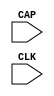
module CAPTURE_VIRTEX5 (
	CAP,
	CLK
);

input CAP;
input CLK;

parameter ONESHOT = "TRUE";

specify
	specparam PATHPULSE$ = 0;
endspecify

endmodule